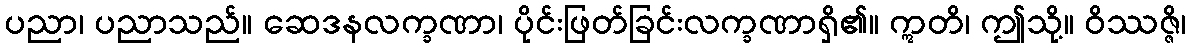
ပညာ၊ ပညာသည်။ ဆေဒနလက္ခဏာ၊ ပိုင်းဖြတ်ခြင်းလက္ခဏာရှိ၏။ ဣတိ၊ ဤသို့။ ဝိဿဇ္ဇိ၊